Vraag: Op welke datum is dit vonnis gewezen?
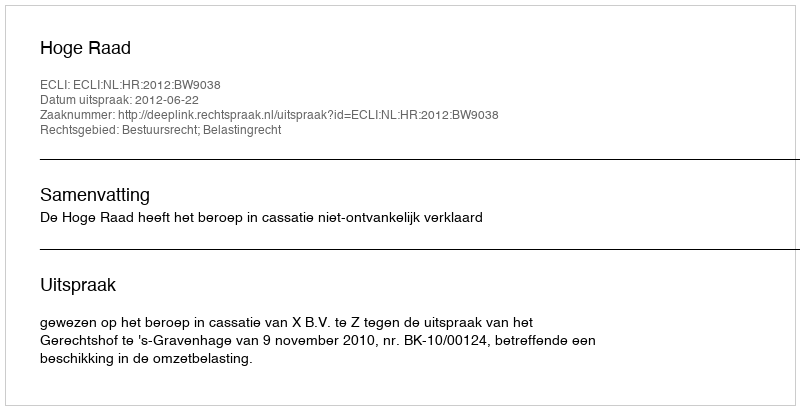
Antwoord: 2012-06-22